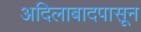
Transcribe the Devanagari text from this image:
अदिलाबादपासून